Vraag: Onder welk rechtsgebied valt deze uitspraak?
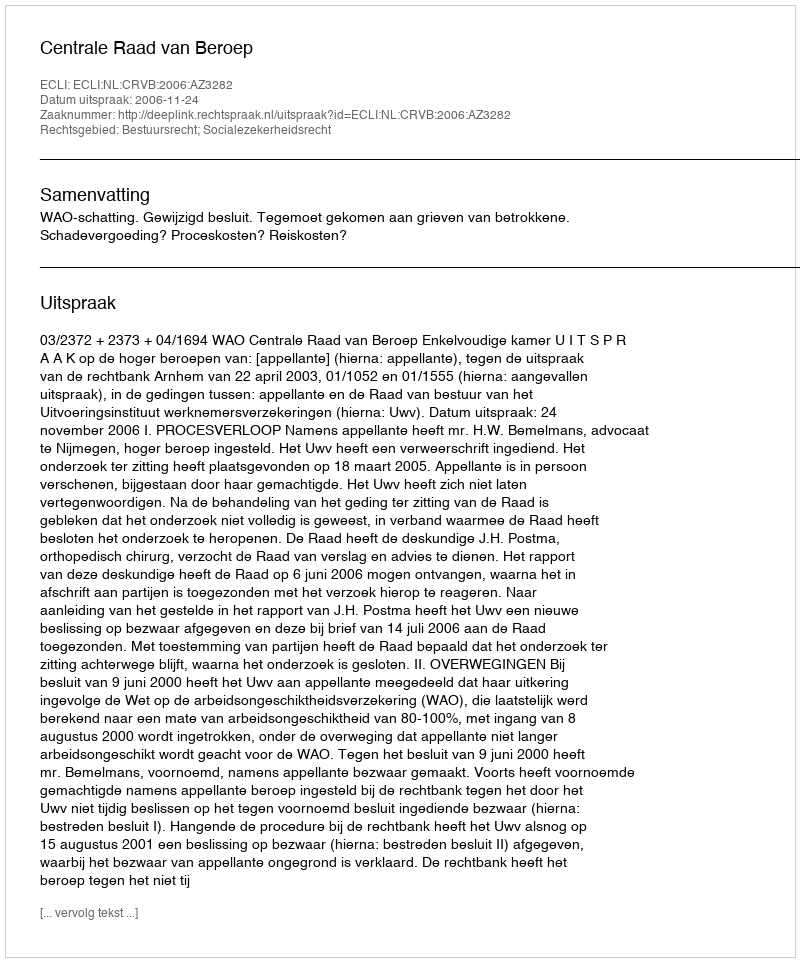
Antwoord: Bestuursrecht; Socialezekerheidsrecht